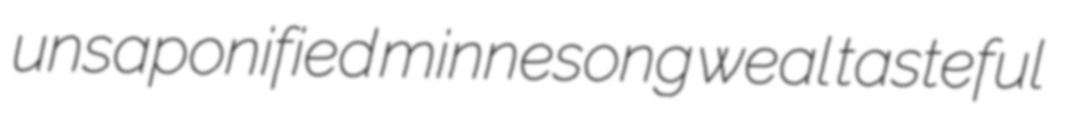
unsaponified minnesong weal tasteful